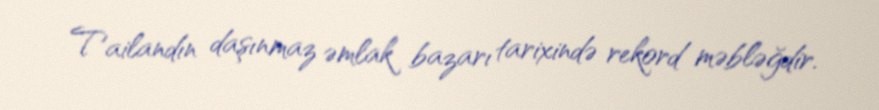
Tailandın daşınmaz əmlak bazarı tarixində rekord məbləğdir.